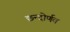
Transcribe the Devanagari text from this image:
छन्दोर्णव